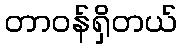
တာဝန်ရှိတယ်